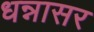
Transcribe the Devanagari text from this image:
धन्नासर